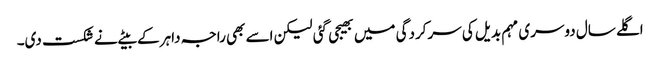
اگلے سال دوسری مہم بدیل کی سرکردگی میں بھیجی گئی لیکن اسے بھی راجہ داہر کے بیٹے نے شکست دی۔